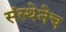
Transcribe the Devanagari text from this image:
संस्थेनेच